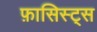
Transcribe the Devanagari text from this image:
फ़ासिस्ट्स